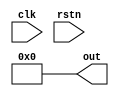
/*  asynchronous Digital Counter used in pe_array_control
    to count p*q cycles taken to load data into ifmap of one
    PE set. It helps to shift to next PE set in the PE array
    It has a negative reset
*/

module counter22 (  clk,
                    rstn,
                    out);

  output reg[3:0] out = 4'b0000;
  input clk;
  input rstn;

  always @ (negedge clk) begin
    if(rstn)
      out <= out + 1;
    else
        out = 4'h0;
  end

  always @(*)
  begin
    if(! rstn)
        out =4'b0000;
  end

endmodule